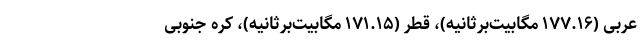
عربی (۱۷۷.۱۶ مگابیت‌برثانیه)، قطر (۱۷۱.۱۵ مگابیت‌برثانیه)، کره جنوبی